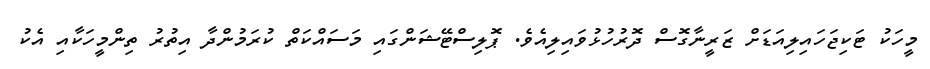
މީހަކު ޓަކިޖަހައިލިއަޑަށް ޒަރީނާގޮސް ދޮރުހުޅުވައިލިއެވެ. ޕޮލިސްޓޭޝަންގައި މަސައްކަތް ކުރަމުންދާ އިތުރު ތިންމީހަކާއި އެކު